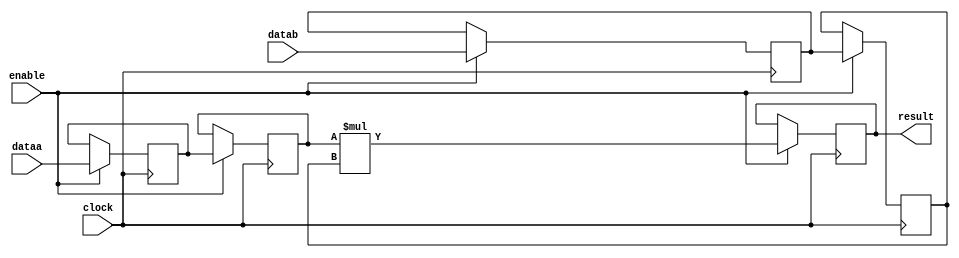
module acl_int_mult32s (
	enable,
	clock,
	dataa,
	datab,
	result);

  parameter INPUT1_WIDTH = 32;
  parameter INPUT2_WIDTH = 32;

  localparam INPUT1_WIDTH_WITH_SIGN = INPUT1_WIDTH < 32 ? INPUT1_WIDTH + 1 : INPUT1_WIDTH;
  localparam INPUT2_WIDTH_WITH_SIGN = INPUT2_WIDTH < 32 ? INPUT2_WIDTH + 1 : INPUT2_WIDTH;
    
	input	  enable;
	input	  clock;
	input	[INPUT1_WIDTH_WITH_SIGN - 1 : 0]  dataa;
	input	[INPUT2_WIDTH_WITH_SIGN - 1 : 0]  datab;

	(* altera_attribute = "-name auto_shift_register_recognition OFF" *) output reg [31:0] result;
	(* altera_attribute = "-name auto_shift_register_recognition OFF" *) reg [INPUT1_WIDTH_WITH_SIGN - 1 : 0]  reg_dataa;
	(* altera_attribute = "-name auto_shift_register_recognition OFF" *) reg [INPUT2_WIDTH_WITH_SIGN - 1 : 0]  reg_datab;
	(* altera_attribute = "-name auto_shift_register_recognition OFF" *) reg [INPUT1_WIDTH_WITH_SIGN - 1 : 0]  reg_dataa2;
	(* altera_attribute = "-name auto_shift_register_recognition OFF" *) reg [INPUT2_WIDTH_WITH_SIGN - 1 : 0]  reg_datab2;

  always@(posedge clock)
  begin
    if (enable)
    begin
      result <= reg_dataa2 * reg_datab2; 
      reg_dataa <= dataa;
      reg_datab <= datab;
      reg_dataa2 <= reg_dataa;
      reg_datab2 <= reg_datab;
    end
  end
  
endmodule